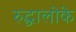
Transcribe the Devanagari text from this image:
रुद्धालोके